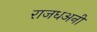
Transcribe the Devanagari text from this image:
राजधअनी